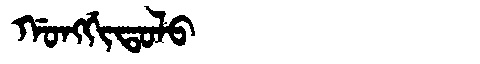
Manchu: ᡤᠣᠩᡤᡳᡨᠣᠯᠣ
Romanization: GONGGITOLO